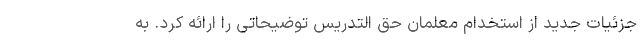
جزئیات جدید از استخدام معلمان حق التدریس توضیحاتی را ارائه کرد. به